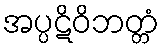
အပ္ပဋိဝိဘတ္တံ